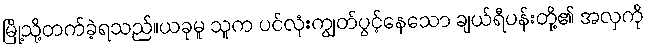
မြို့သို့တက်ခဲ့ရသည်။ယခုမူ သူက ပင်လုံးကျွတ်ပွင့်နေသော ချယ်ရီပန်းတို့၏ အလှကို